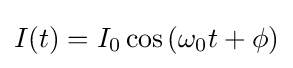
I(t)=I_{0}\cos \left(\omega _{0}t+\phi \right)